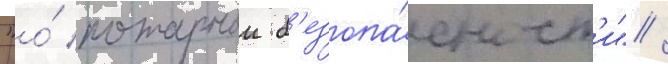
"о́ пожарнои б'езопа́сност'и" /